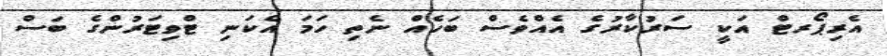
އެރިޕޯރޓް އަކީ ސަރުކާރުގެ އެއްވެސް ބަހެއް ނެތި ހަމަ އެކަނި ޓްވިޓަރުންގެ ބަސް